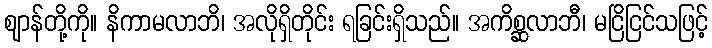
ဈာန်တို့ကို။ နိကာမလာဘိ၊ အလိုရှိတိုင်း ရခြင်းရှိသည်။ အကိစ္ဆလာဘီ၊ မငြိငြင်သဖြင့်